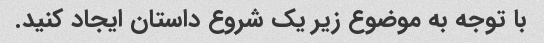
با توجه به موضوع زیر یک شروع داستان ایجاد کنید.